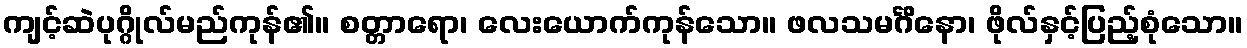
ကျင့်ဆဲပုဂ္ဂိုလ်မည်ကုန်၏။ စတ္တာရော၊ လေးယောက်ကုန်သော။ ဖလသမင်္ဂိနော၊ ဖိုလ်နှင့်ပြည့်စုံသော။